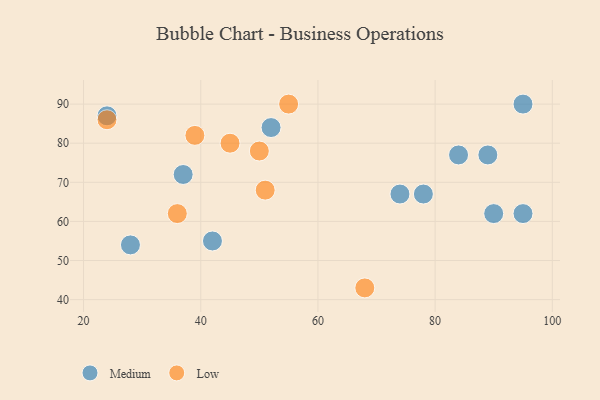
{"axis": {"x": "GDP", "y": "Life Expectancy"}, "legend": ["Low", "Medium"], "data": [{"x": "74", "y": 67, "type": "Medium"}, {"x": "95", "y": 90, "type": "Medium"}, {"x": "42", "y": 55, "type": "Medium"}, {"x": "89", "y": 77, "type": "Medium"}, {"x": "78", "y": 67, "type": "Medium"}, {"x": "84", "y": 77, "type": "Medium"}, {"x": "24", "y": 87, "type": "Medium"}, {"x": "90", "y": 62, "type": "Medium"}, {"x": "95", "y": 62, "type": "Medium"}, {"x": "37", "y": 72, "type": "Medium"}, {"x": "52", "y": 84, "type": "Medium"}, {"x": "28", "y": 54, "type": "Medium"}, {"x": "39", "y": 82, "type": "Low"}, {"x": "51", "y": 68, "type": "Low"}, {"x": "68", "y": 43, "type": "Low"}, {"x": "36", "y": 62, "type": "Low"}, {"x": "45", "y": 80, "type": "Low"}, {"x": "24", "y": 86, "type": "Low"}, {"x": "55", "y": 90, "type": "Low"}, {"x": "50", "y": 78, "type": "Low"}]}